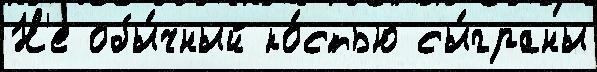
Н'е обы́чный ко́стью сы́граны